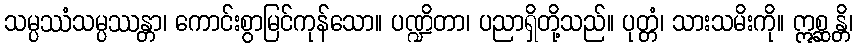
သမ္ပဿံသမ္ပဿန္တာ၊ ကောင်းစွာမြင်ကုန်သော။ ပဏ္ဍိတာ၊ ပညာရှိတို့သည်။ ပုတ္တံ၊ သားသမိးကို။ ဣစ္ဆန္တိ၊